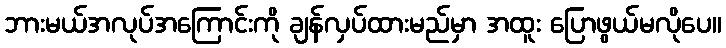
ဘားမယ်အလုပ်အကြောင်းကို ချန်လှပ်ထားမည်မှာ အထူး ပြောဖွယ်မလိုပေ။